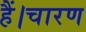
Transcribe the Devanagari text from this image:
हैं।चारण